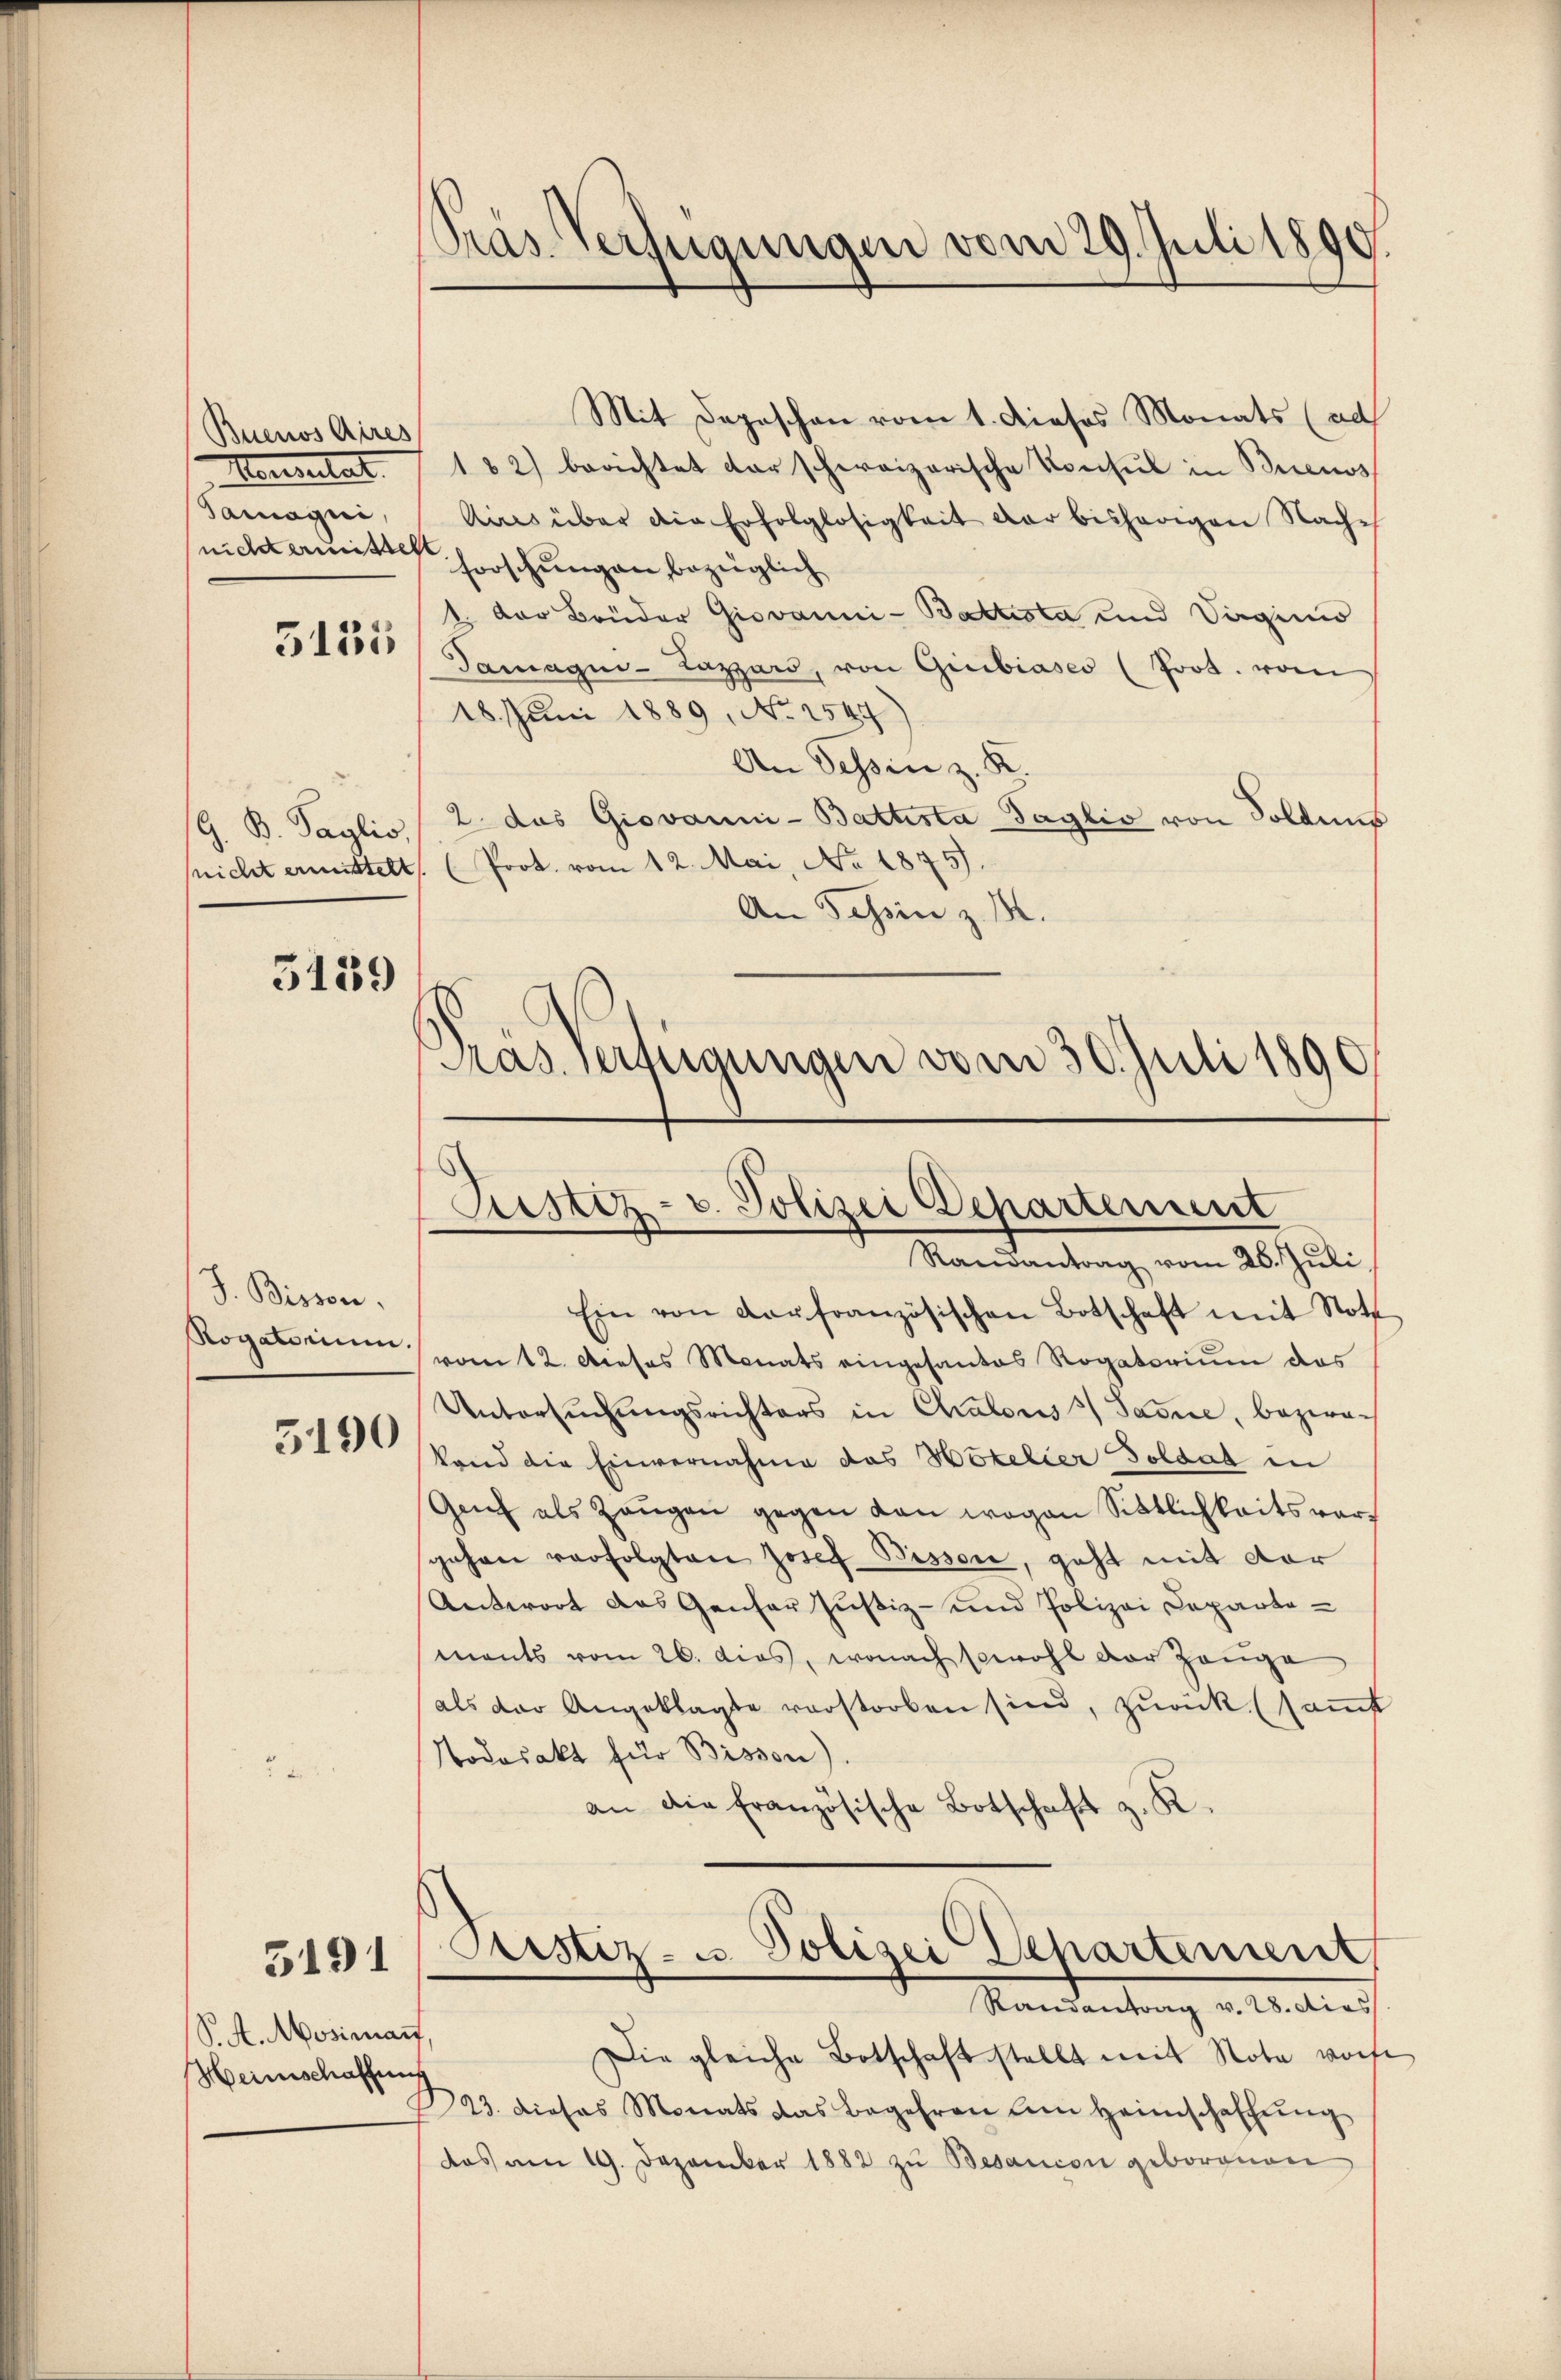
Buenos Aires
Henslat
Samaqui,
nicht ermissteht
3155

G. B. Paglio,

3139

J. Bisson,

5190

5191

S.S. Mosimant,
Heimschaffung

Präs. Verfügungen vom 29. Juli 1890.

Mit Depeschen vom 1. Dieses Monats (ad
182) berichtet darschweizerische Konsul in Buenos
Aires über die Erfolglosigkeit der bisherigen Nache
forschungen bezüglich
1. Der Brüder Giovanni-Battesta und Virginis
Tamagni-Lazard, von Giubiases (Joot. vom
18. Juni 1889, No 1547)
An Tessin z. K
2. das Giovanni-Battista Taglio von Soldins
snicht ermittelt. (Prot. vom 12. Mai, No 1875).
An Tessin z. M.
Pras. Verfügungen vom 30. Juli 1890

Rustiz- u. Polizei Departement
Randantrag vom 26. Juli

Ein von darfranzösischen Botschaft mit Nott
Rogatorium vom 12. Dieses Monats eingesantes Rogatoriŭm das
Untersuchungsrichters in Chalous 3 Sarne, bezwach
kand die Einvernahme das Hotelier Soldat in
Genf als Zeŭgen gegen dan wegen Sittlichkeitsvergahan verfolgten Josef Pisson, geht mit der
Antwort das Genfer Justiz- und Polizei Departemants vom 26. dies, wonach sowohl der Zeuge
als der Angeklagte verstorben sind, zurück (samt
Todosakt für Bisson)
an die Französische Botschaft z. K.

Die gleiche Botschaft stellt mit Note worfe
23. dieses Monats das Begehren um Heimschaffŭng
das am 19. Dezember 1882 zu Besanion geborenen

Pristiz- u. Polizei Departement,
Randantrag v. 28. dies